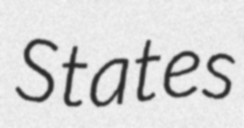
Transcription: States